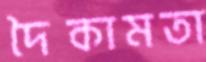
দৈকামতা